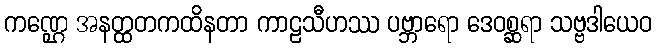
ကဏ္ဌေ အနတ္ထတကထိနတာ ကာဠသီဟဿ ပဗ္ဘာရော ဒေဝစ္ဆရာ သဗ္ဗဒါယေဝ